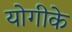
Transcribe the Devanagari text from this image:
योगीके